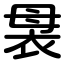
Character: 袰